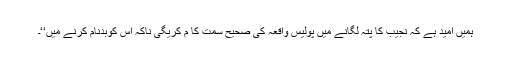
ہمیں امید ہے کہ نجیب کا پتہ لگانے میں پولیس واقعہ کی صحیح سمت کا م کریگی ناکہ اس کوبدنام کرنے میں‘‘۔